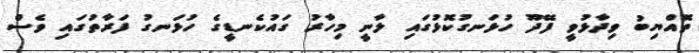
ތޮއްޔިބު ވިދާޅުވީ ފޭދޫ ހުޅަނގުކޮޅުގައި ލާނީ މިހާރު ގައުކެނޑީގެ ހުޅަނގު ފަރާތުގައި ވެސް